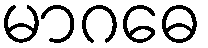
မာဂဓေ